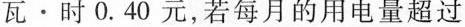
瓦 \cdot 时0.40元，若每月的用电量超过